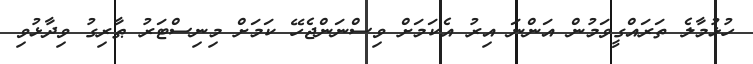
ހުޅުމާލެ ތަރައްގީވަމުން އަންނަ އިރު އެކަމަށް ވިސްނަންޖެހޭ ކަމަށް މިނިސްޓަރު ޠާރިގު ވިދާޅުވި